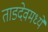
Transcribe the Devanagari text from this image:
ताडदेवमध्ये